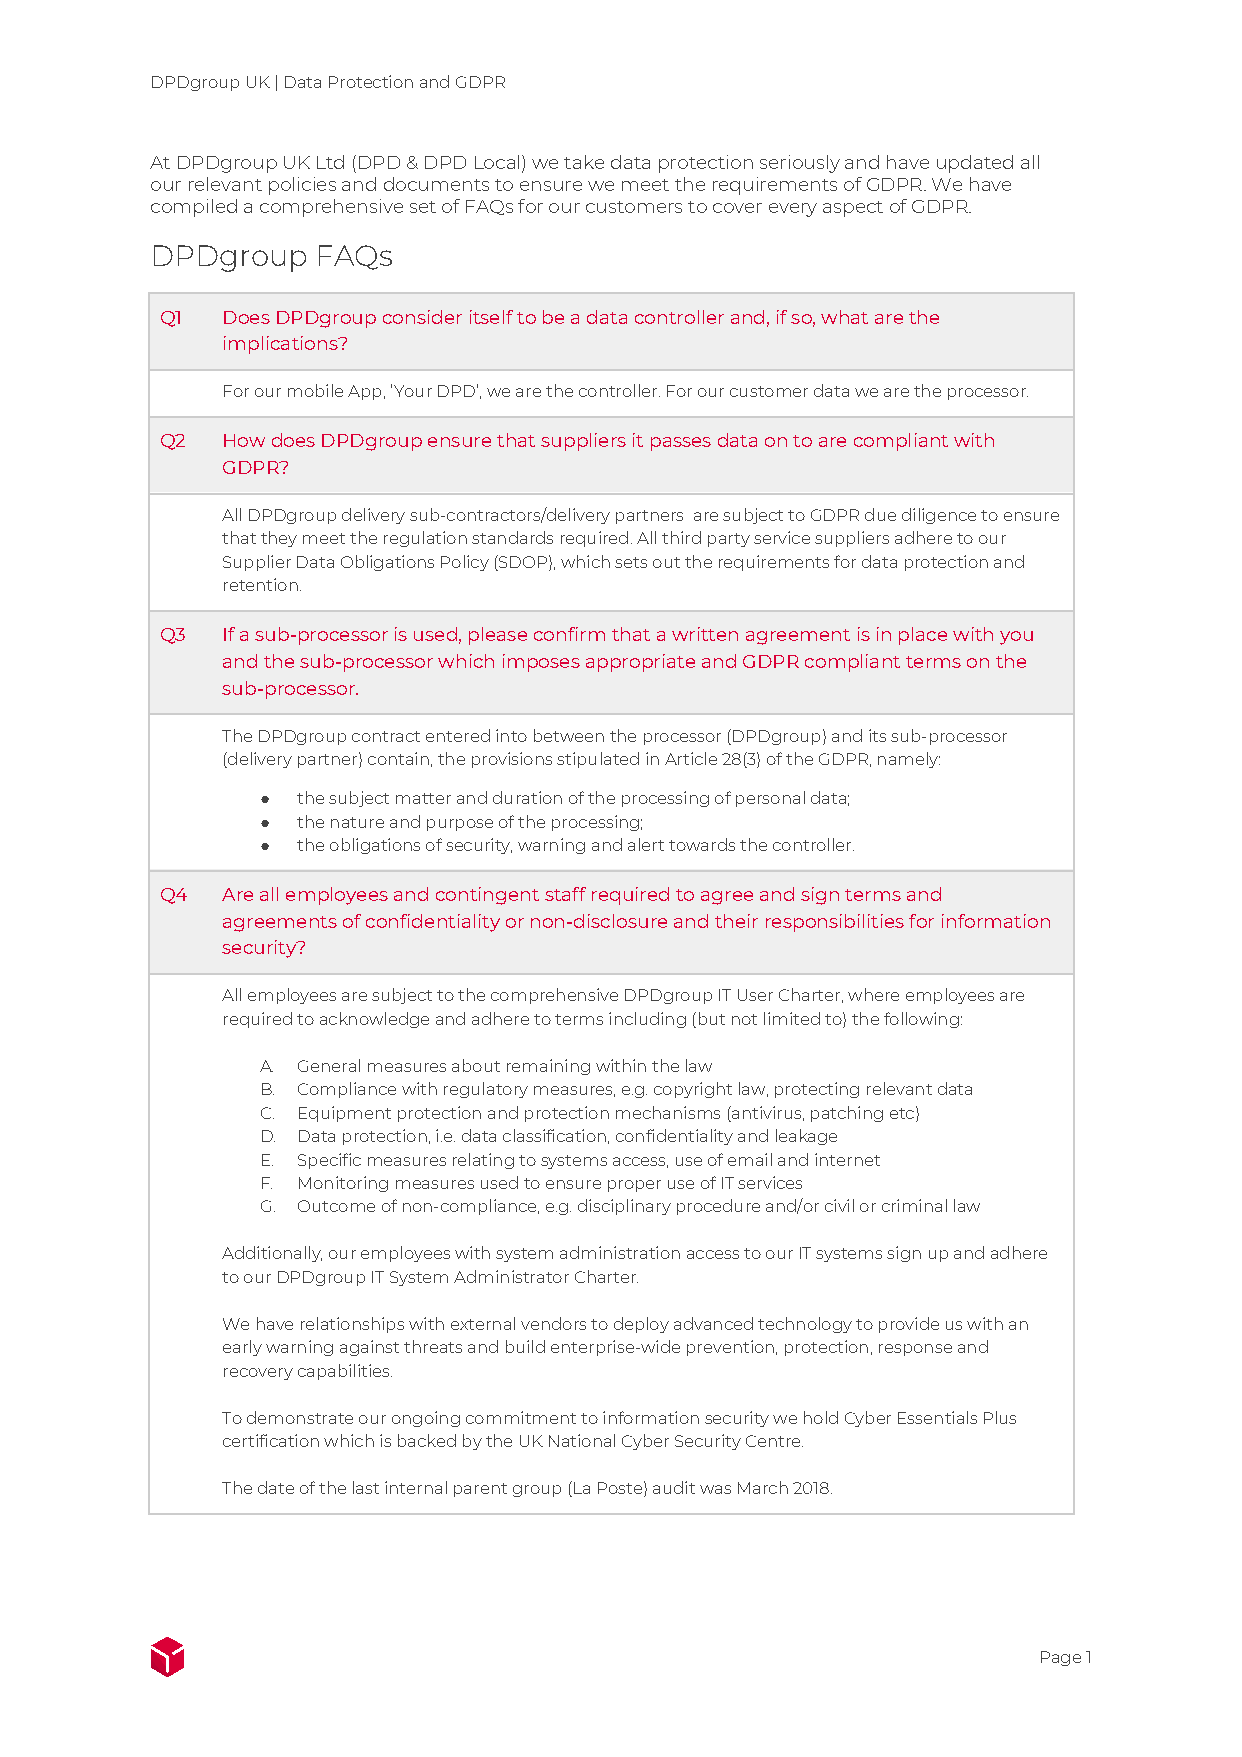
DPDgroup UK | Data Protection and GDPR
 At DPDgroup UK Ltd (DPD & DPD Local) we take data protection seriously and have updated all
 our relevant policies and documents to ensure we meet the requirements of GDPR. We have
 compiled a comprehensive set of FAQs for our customers to cover every aspect of GDPR.
 DPDgroup   FAQs
 Q1  Does DPDgroup consider itself to be a data controller and, if so, what are the
 implications?
 For our mobile App, ‘Your DPD’, we are the controller. For our customer data we are the processor.
 Q2  How does DPDgroup ensure that suppliers it passes data on to are compliant with
 GDPR?
 All DPDgroup delivery sub-contractors/delivery partners are subject to GDPR due diligence to ensure
 that they meet the regulation standards required. All third party service suppliers adhere to our
 Supplier Data Obligations Policy (SDOP), which sets out the requirements for data protection and
 retention.
 Q3  If a sub-processor is used, please confirm that a written agreement is in place with you
 and the sub-processor which imposes appropriate and GDPR compliant terms on the
 sub-processor.
 The DPDgroup contract entered into between the processor (DPDgroup) and its sub-processor
 (delivery partner) contain, the provisions stipulated in Article 28(3) of the GDPR, namely:
 ●  the subject matter and duration of the processing of personal data;
 ●  the nature and purpose of the processing;
 ●  the obligations of security, warning and alert towards the controller.
 Q4  Are all employees and contingent staff required to agree and sign terms and
 agreements of confidentiality or non-disclosure and their responsibilities for information
 security?
 All employees are subject to the comprehensive DPDgroup IT User Charter, where employees are
 required to acknowledge and adhere to terms including (but not limited to) the following:
 A. General measures about remaining within the law
 B. Compliance with regulatory measures, e.g. copyright law, protecting relevant data
 C. Equipment protection and protection mechanisms (antivirus, patching etc)
 D. Data protection, i.e. data classification, confidentiality and leakage
 E. Specific measures relating to systems access, use of email and internet
 F. Monitoring measures used to ensure proper use of IT services
 G. Outcome of non-compliance, e.g. disciplinary procedure and/or civil or criminal law
 Additionally, our employees with system administration access to our IT systems sign up and adhere
 to our DPDgroup IT System Administrator Charter.
 We have relationships with external vendors to deploy advanced technology to provide us with an
 early warning against threats and build enterprise-wide prevention, protection, response and
 recovery capabilities.
 To demonstrate our ongoing commitment to information security we hold Cyber Essentials Plus
 certification which is backed by the UK National Cyber Security Centre.
 The date of the last internal parent group (La Poste) audit was March 2018.
 Page 1